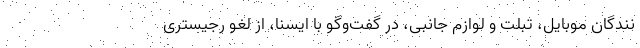
نندگان موبایل، تبلت و لوازم جانبی، در گفت‌وگو با ایسنا، از لغو رجیستری